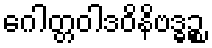
ဂေါတ္တဝါဒဝိနိဗဒ္ဓဉ္စ